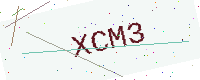
Text: XCM3